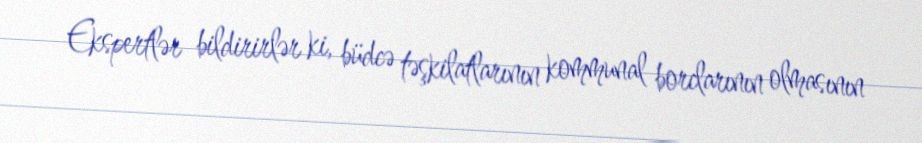
Ekspertlər bildirirlər ki, büdcə təşkilatlarının kommunal borclarının olmasının